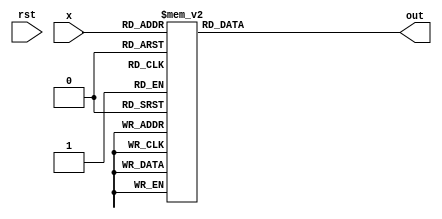
module bcd_to_7segment(
    input rst,
    input [3:0] x,
    output reg [6:0] out
    );
    
     
     always @ (*) 
     begin
     if(rst)
        out <= 7'b0000000;
      
             case (x)
                
                   4'h0 :  out <= 7'b1111110;
                   4'h1 :  out <= 7'b0110000;
                   4'h2 :  out <= 7'b1101101;
                   4'h3 :  out <= 7'b1111001;
                   4'h4 :  out <= 7'b0110011;
                   4'h5 :  out <= 7'b1011011;
                   4'h6 :  out <= 7'b1011111;
                   4'h7 :  out <= 7'b1110000;
                   4'h8 :  out <= 7'b1111111;
                   4'h9 :  out <= 7'b1111011;
                default :  out <= 7'b1111110;   
            endcase
         end   
    endmodule